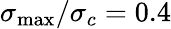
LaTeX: \sigma_{\mathrm{max}}/\sigma_{c}=0.4